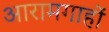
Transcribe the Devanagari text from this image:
आरामगाहों